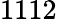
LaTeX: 1112